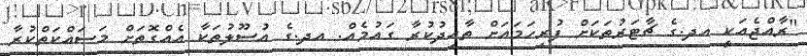
"ރާއްޖެއަކީ އދ.ގެ ޗާޓަރުތަކަށް ފުރިހަމައަށް ތާއިދުކުރާ ގައުމެއް. އދ.ގެ އުސޫލުތަކާ އެއްގޮތަށް މަސައްކަތްކުރާ